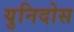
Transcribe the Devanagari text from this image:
युनिदोस